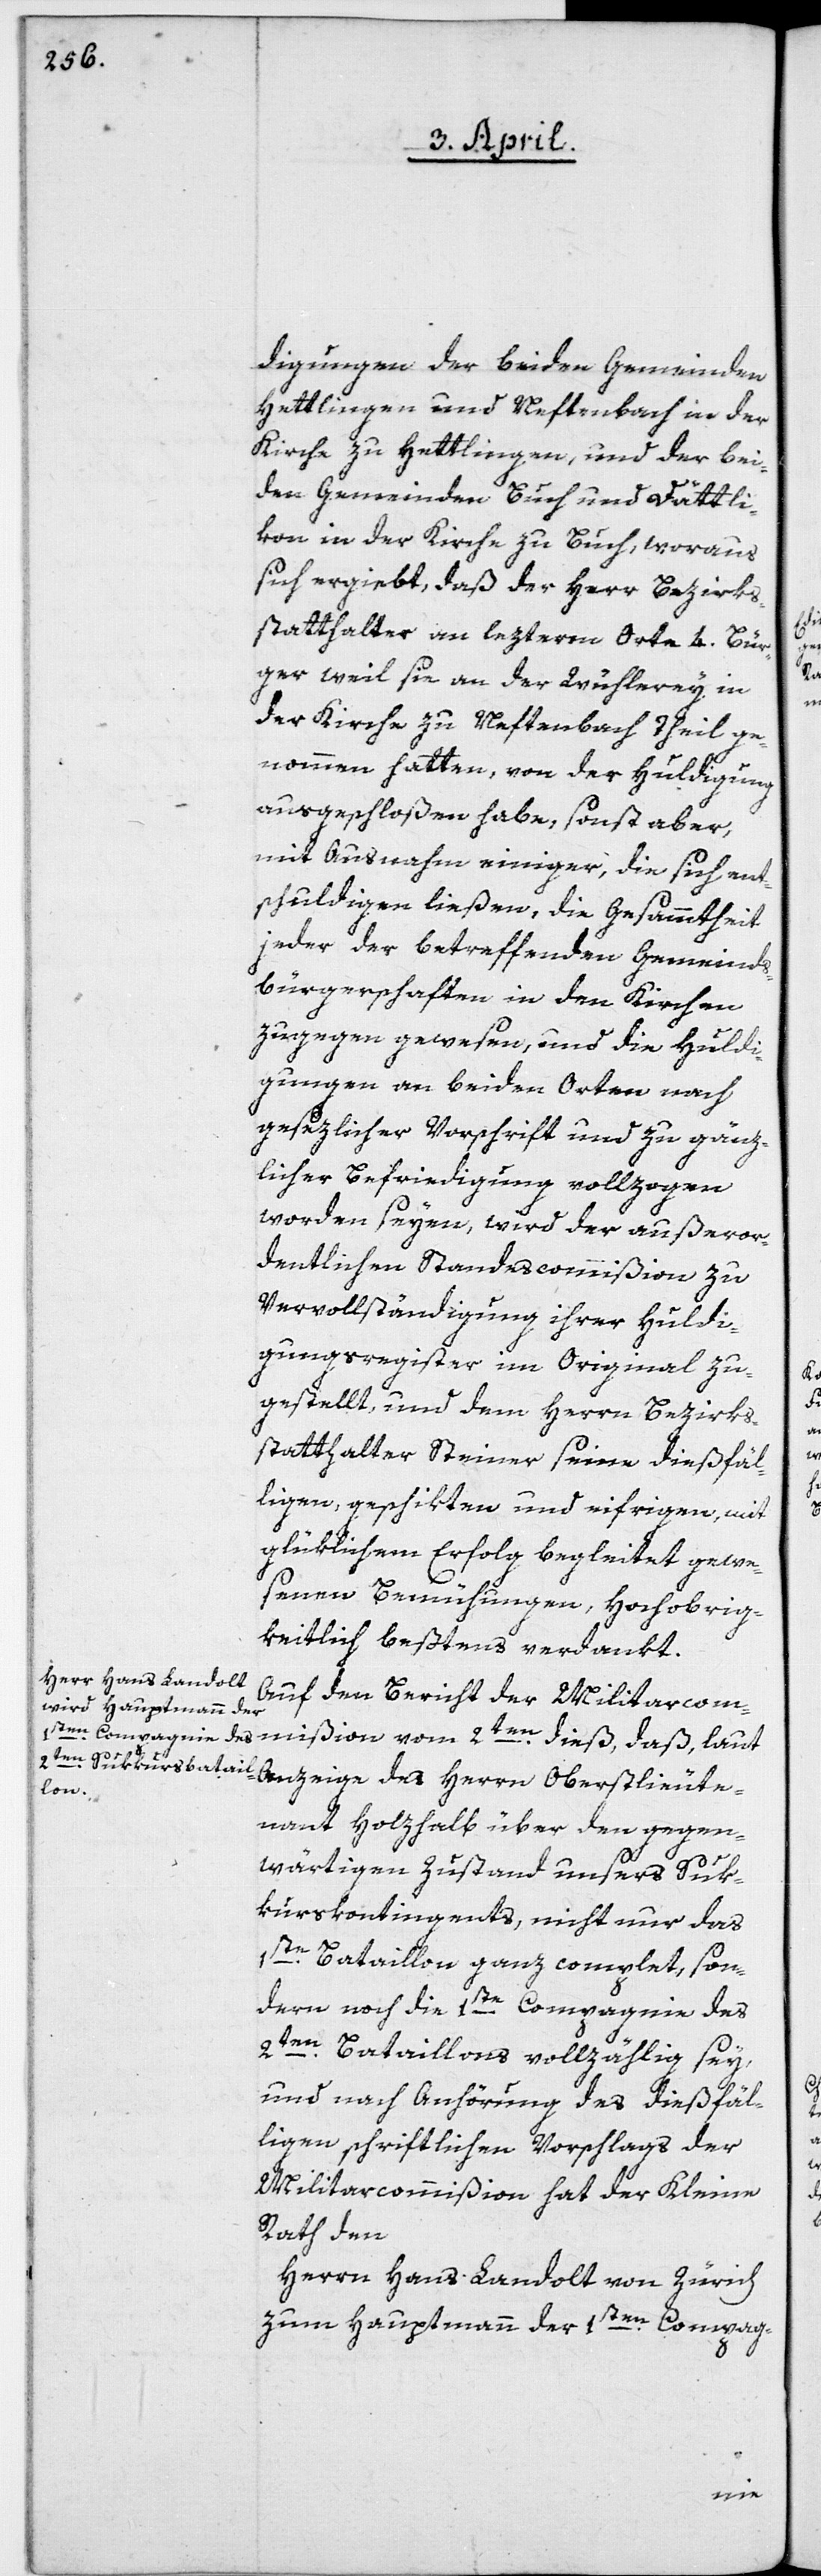
digungen der beiden Gemeinden
Hettlingen und Neftenbach in der
Kirche zu Hettlingen, und der bei¬
den Gemeinden Buch und Dättli¬
kon in der Kirche zu Buch, woraus
sich ergiebt, daß der Herr Bezirks¬
statthalter an lezterm Orte 4. Bür¬
ger, weil sie an der Wühlerey in
der Kirche zu Neftenbach Theil ge¬
nommen hatten, von der Huldigung
ausgeschloßen habe, sonst aber,
mit Ausnahme einiger, die sich ent¬
schuldigen ließen, die Gesammtheit
jeder der betreffenden Gemeinds¬
bürgerschaften in den Kirchen
zugegen gewesen, und die Huldi¬
gungen an beiden Orten nach
gesezlicher Vorschrift und zu gänz¬
lichen Befriedigung vollzogen
worden seyen, wird der außeror¬
dentlichen Standescommißion zu
Vervollständigung ihrer Huldi¬
gungsregister im Original zu¬
gestellt, und dem Herrn Bezirks¬
statthalter Steiner seine dießfäl¬
ligen, geschikten und eifrigen, mit
glüklichem Erfolg begleitet gewe¬
senen Bemühungen, Hochobrig¬
keitlich beßtens verdankt.
Auf den Bericht der Militarcom¬
mißion vom 2ten dieß, daß, laut
Anzeige des Herrn Oberstlieute¬
nant Holzhalb über den gegen¬
wärtigen Zustand unsers Suk¬
kurskontingents, nicht nur das
1ste Bataillon ganz complet, son¬
dern noch die 1ste Compagnie des
2ten Bataillons vollzählig sey,
und nach Anhörung des dießfäl¬
ligen schriftlichen Vorschlags der
Militarcommißion hat der Kleine
Rath den
Herrn Hans Landolt von Zürich
zum Hauptmann der 1sten Compag-